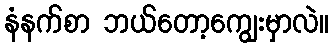
နံနက်စာ ဘယ်တော့ကျွေးမှာလဲ။